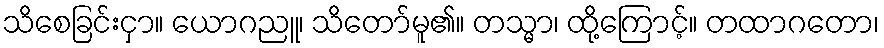
သိစေခြင်းငှာ။ ယောဂညူ၊ သိတော်မူ၏။ တသ္မာ၊ ထို့ကြောင့်။ တထာဂတော၊